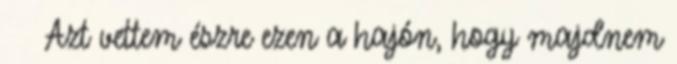
Azt vettem észre ezen a hajón, hogy majdnem